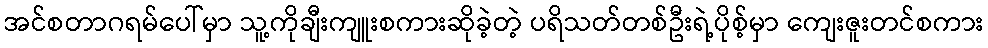
အင်စတာဂရမ်ပေါ်မှာ သူ့ကိုချီးကျူးစကားဆိုခဲ့တဲ့ ပရိသတ်တစ်ဦးရဲ့ပိုစ့်မှာ ကျေးဇူးတင်စကား